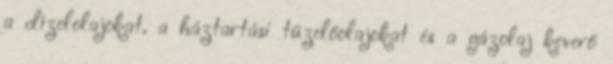
a dízelolajokat, a háztartási tüzelőolajokat és a gázolaj keverő